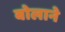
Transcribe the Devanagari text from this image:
बोलाने